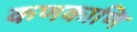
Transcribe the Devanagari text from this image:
कणकाणि